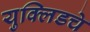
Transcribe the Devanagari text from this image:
युक्लिडचे